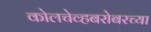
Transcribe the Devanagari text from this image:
कोलचेव्हबरोबरच्या